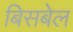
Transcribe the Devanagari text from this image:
बिसबेल